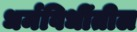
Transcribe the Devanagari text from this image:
धर्मविधींतील